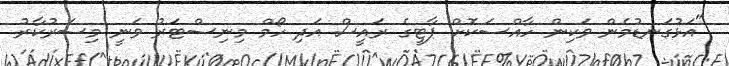
"އަޅުގަނޑުމެން ވަކިން ހާއްސަކޮށް ޕާޓީގެ ރައީސް އަދި ހޯމް މިނިސްޓަރު ވަނީ މިސަރުކާރު